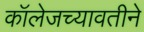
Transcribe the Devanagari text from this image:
कॉलेजच्यावतीने